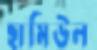
ছামিউল